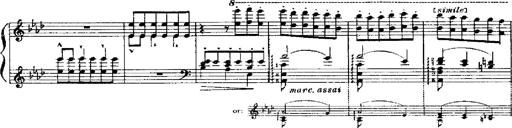
Title: RÃ©miniscences de Robert le diable
Composer: Franz Liszt